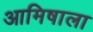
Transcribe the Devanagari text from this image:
आमिषाला